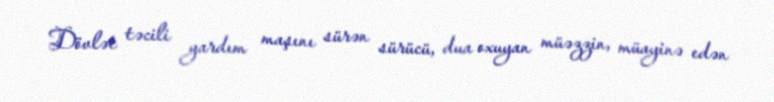
Dövlət təcili yardım maşını sürən sürücü, dua oxuyan müəzzin, müayinə edən